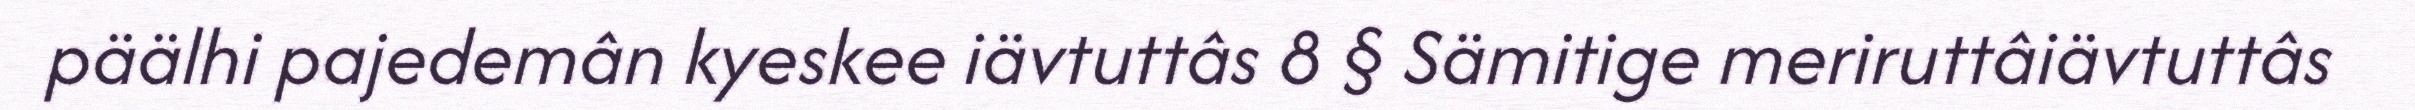
päälhi pajedemân kyeskee iävtuttâs 8 § Sämitige meriruttâiävtuttâs